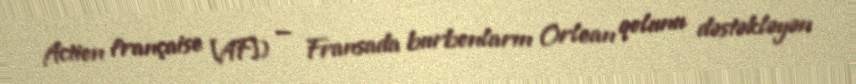
Action française [AF]) — Fransada burbonların Orlean qolunu dəstəkləyən